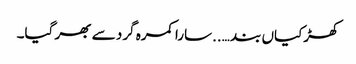
کھڑکیاں بند …..سارا کمرہ گرد سے بھر گیا۔